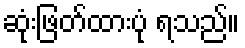
ဆုံးဖြတ်ထားပုံ ရသည်။